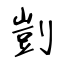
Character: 剴